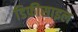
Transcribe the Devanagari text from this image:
डिफ़ीसाइल